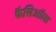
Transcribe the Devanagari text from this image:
फैसिऑला